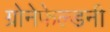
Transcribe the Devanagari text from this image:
ग्रोनेफेल्डनी